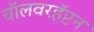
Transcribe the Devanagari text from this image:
वॉलवरहॅप्टन